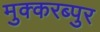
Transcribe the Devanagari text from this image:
मुक्करब्पुर